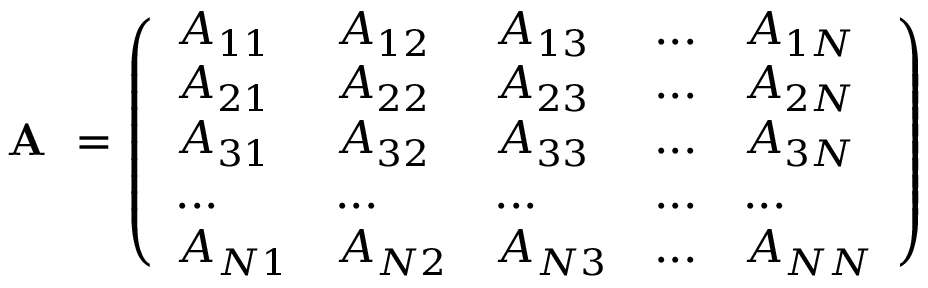
\textbf { A } = \left( \begin{array} { l l l l l } { A _ { 1 1 } } & { A _ { 1 2 } } & { A _ { 1 3 } } & { . . . } & { A _ { 1 N } } \\ { A _ { 2 1 } } & { A _ { 2 2 } } & { A _ { 2 3 } } & { . . . } & { A _ { 2 N } } \\ { A _ { 3 1 } } & { A _ { 3 2 } } & { A _ { 3 3 } } & { . . . } & { A _ { 3 N } } \\ { . . . } & { . . . } & { . . . } & { . . . } & { . . . } \\ { A _ { N 1 } } & { A _ { N 2 } } & { A _ { N 3 } } & { . . . } & { A _ { N N } } \end{array} \right)